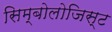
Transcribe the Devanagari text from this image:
सिम्बोलोजिस्ट